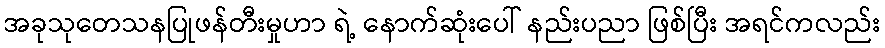
အခုသုတေသနပြုဖန်တီးမှုဟာ ရဲ့ နောက်ဆုံးပေါ် နည်းပညာ ဖြစ်ပြီး အရင်ကလည်း